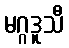
မဂ္ဂဒူသီ